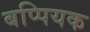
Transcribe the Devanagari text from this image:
बप्पियक